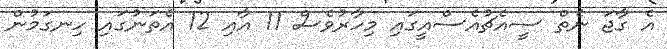
އެ ގާޖަ ނެތް ސީއެޗުއެސްއީގައި މިހާރުވެސް 11 އާއި 12 އެތަނުގައި ހިނގަމުން